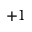
+ 1